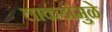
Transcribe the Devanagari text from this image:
लाकडांमुळे